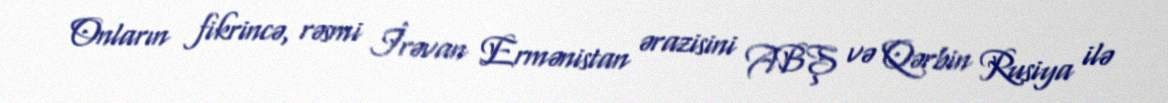
Onların fikrincə, rəsmi İrəvan Ermənistan ərazisini ABŞ və Qərbin Rusiya ilə